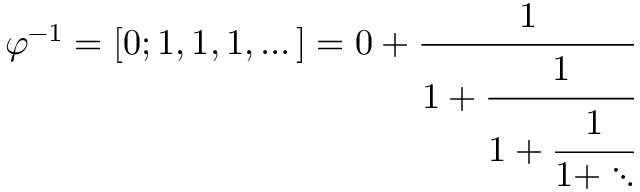
\varphi ^ { - 1 } = [ 0 ; 1 , 1 , 1 , \dots ] = 0 + { \cfrac { 1 } { 1 + { \cfrac { 1 } { 1 + { \cfrac { 1 } { 1 + \ddots } } } } } }